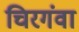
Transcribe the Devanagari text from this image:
चिरगंवा